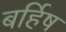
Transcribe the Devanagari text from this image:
बर्हिष